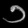
Digit: ၁